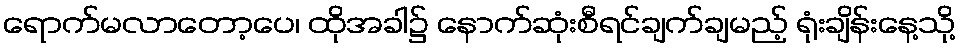
ရောက်မလာတော့ပေ၊ ထိုအခါ၌ နောက်ဆုံးစီရင်ချက်ချမည့် ရုံးချိန်းနေ့သို့